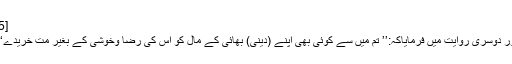
[5]
اور دوسری روایت میں فرمایاکہ:’’ تم میں سے کوئی بھی اپنے (دینی) بھائی کے مال کو اس کی رضا وخوشی کے بغیر مت خریدے‘‘۔